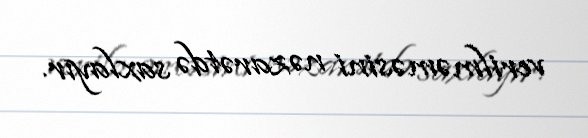
verilməməsini nəzarətdə saxlayır.